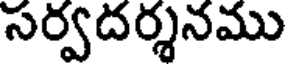
సర్వదర్శనము